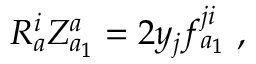
R _ { a } ^ { i } Z _ { a _ { 1 } } ^ { a } = 2 y _ { j } f _ { a _ { 1 } } ^ { j i } \ ,